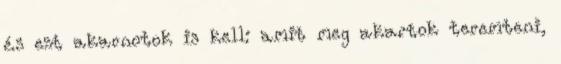
és ezt akarnotok is kell: amit meg akartok teremteni,